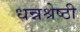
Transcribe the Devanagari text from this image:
धन्नश्रेष्ठी